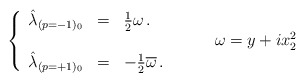
\begin{align*}\left\{\begin{array}{rcl}\hat{\lambda}_{(p=-1)_{0}} & = &{\textstyle\frac{1}{2}} \omega\, .\\& & \\\hat{\lambda}_{(p=+1)_{0}} & = &-{\textstyle\frac{1}{2}} \overline{\omega}\, .\\\end{array}\right.\hspace{1cm}\omega=y+ix_{2}^{2}\end{align*}